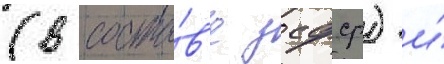
(в соста́в'е зсфср) и́